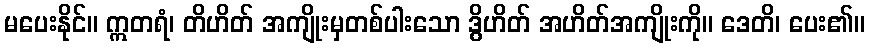
မပေးနိုင်။ ဣတရံ၊ တိဟိတ် အကျိုးမှတစ်ပါးသော ဒွိဟိတ် အဟိတ်အကျိုးကို။ ဒေတိ၊ ပေး၏။